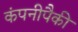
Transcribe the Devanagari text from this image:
कंपनीपैकी